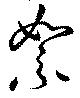
絮